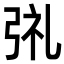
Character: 𫸱